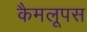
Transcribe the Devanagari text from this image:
कैमलूपस